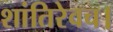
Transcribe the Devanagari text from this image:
शांतिरेवच।